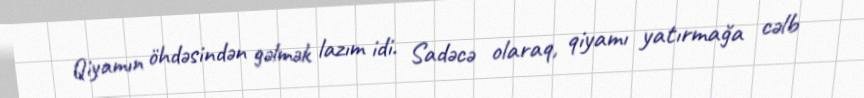
Qiyamın öhdəsindən gəlmək lazım idi. Sadəcə olaraq, qiyamı yatırmağa cəlb